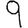
Digit: 9